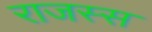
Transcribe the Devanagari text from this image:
राजस्स